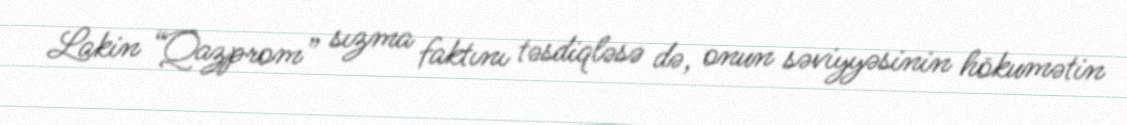
Lakin “Qazprom” sızma faktını təsdiqləsə də, onun səviyyəsinin hökumətin